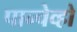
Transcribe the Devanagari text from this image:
पान्चेव्हो